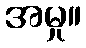
အမှု။